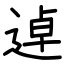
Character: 逴